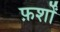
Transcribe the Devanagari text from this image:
फ़र्शों